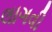
લાગવી